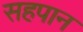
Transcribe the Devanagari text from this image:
सहपान